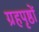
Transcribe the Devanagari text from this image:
ग्रहपृष्ठों